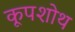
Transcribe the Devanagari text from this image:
कूपशोथ